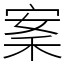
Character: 䅁